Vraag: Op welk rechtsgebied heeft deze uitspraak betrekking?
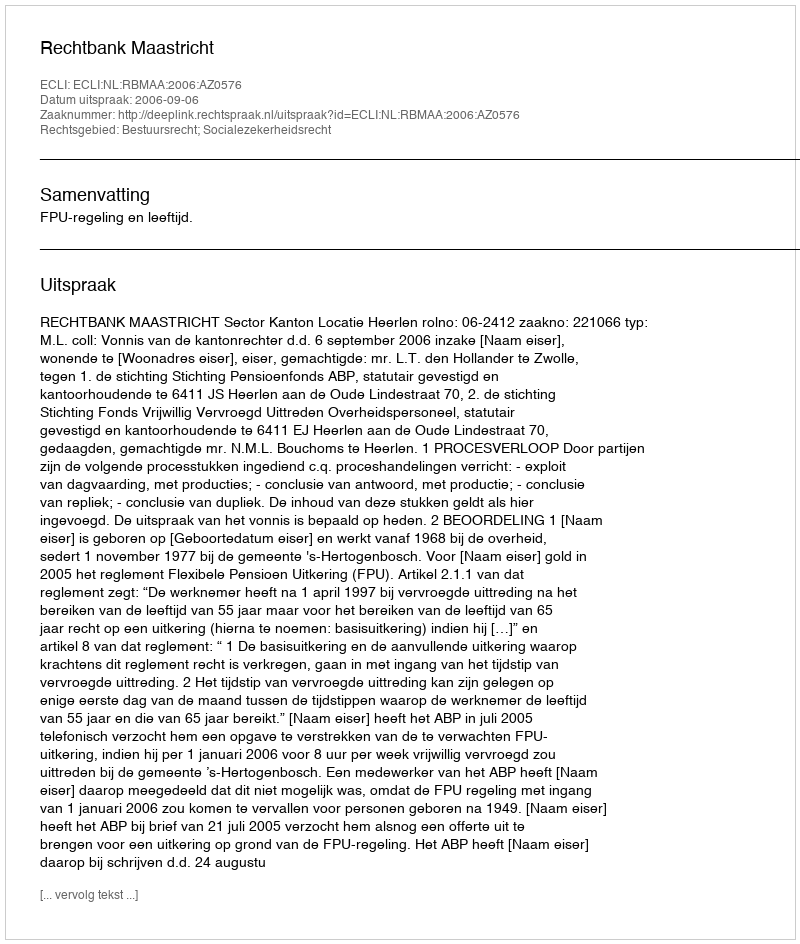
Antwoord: Bestuursrecht; Socialezekerheidsrecht